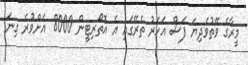
މީރާގެ ވޭތުވެދިޔަ ފަސް އަހަރު ތެރޭގައި އެ އޮތޯރިޓީން 8000 އަށްވުރެ ގިނަ